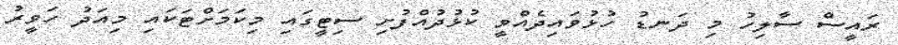
ރައީސް ސާލިހު މި ދަނޑު ހުޅުވައިދެއްވީ ކުޅުދުއްފުށި ސިޓީގައި މިކަމަށްޓަކައި މިއަދު ހަވީރު